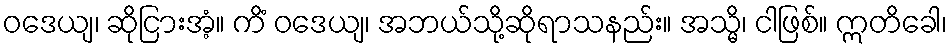
ဝဒေယျ၊ ဆိုငြားအံ့။ ကိံ ဝဒေယျ၊ အဘယ်သို့ဆိုရာသနည်း။ အသ္မိ၊ ငါဖြစ်။ ဣတိခေါ၊